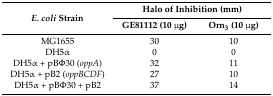
<table><thead><tr><td rowspan="2"><b><i>E. coli</i> Strain</b></td><td colspan="2"><b>Halo of Inhibition (mm)</b></td></tr><tr><td><b>GE81112 (10 μg)</b></td><td><b>Orn<sub>3</sub> (10 μg)</b></td></tr></thead><tbody><tr><td>MG1655</td><td>30</td><td>10</td></tr><tr><td>DH5α</td><td>0</td><td>0</td></tr><tr><td>DH5α + pBΦ30 (<i>oppA</i>)</td><td>32</td><td>11</td></tr><tr><td>DH5α + pB2 (<i>oppBCDF</i>)</td><td>27</td><td>10</td></tr><tr><td>DH5α + pBΦ30 + pB2</td><td>37</td><td>14</td></tr></tbody></table>